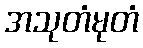
အသုတံမုတံ